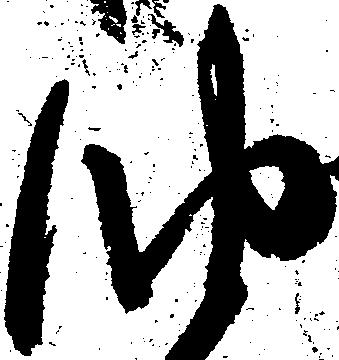
油